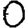
Digit: 0